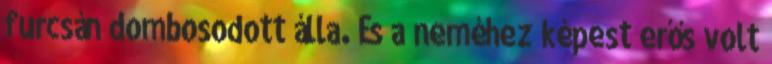
furcsán dombosodott álla. És a neméhez képest erős volt